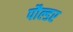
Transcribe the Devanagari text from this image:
पौल्डर